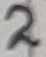
Text: 2